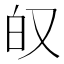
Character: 𫨷